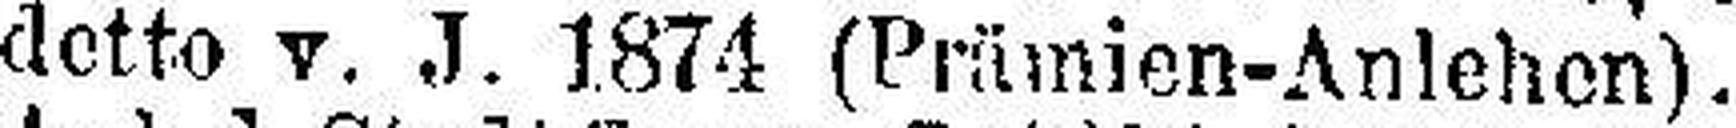
detto v. J. 1874 (Prämien-Anlehen)